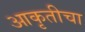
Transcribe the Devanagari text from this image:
आकृतीचा